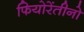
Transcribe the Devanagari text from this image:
फियोरेंतीनो